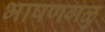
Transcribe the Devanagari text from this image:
भाषणगळु